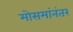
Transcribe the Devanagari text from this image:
मोसमांनंतर